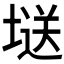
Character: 𭏘